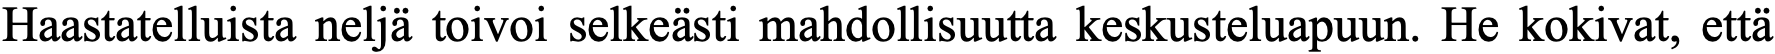
Haastatelluista neljä toivoi selkeästi mahdollisuutta keskusteluapuun. He kokivat, että